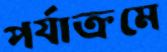
পর্যাক্রমে